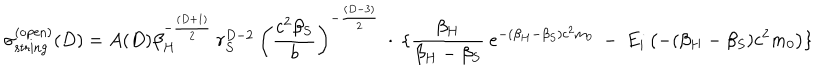
\sigma _ { \mathrm { s t r i n g } } ^ { ( \mathrm { o p e n } ) } ( D ) = A ( D ) \beta _ { H } ^ { - \frac { ( D + 1 ) } { 2 } } \: r _ { S } ^ { D - 2 } \: \left( \frac { c ^ { 2 } \beta _ { S } } { b } \right) ^ { - \frac { ( D - 3 ) } { 2 } } \: \cdot \: \lbrace \frac { \beta _ { H } } { \beta _ { H } - \beta _ { S } } \: e ^ { - ( \beta _ { H } - \beta _ { S } ) c ^ { 2 } m _ { 0 } } \: - \: E _ { i } \left( - ( \beta _ { H } - \beta _ { S } ) c ^ { 2 } m _ { 0 } \right) \rbrace